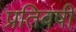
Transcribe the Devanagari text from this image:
प्रतिवषी